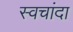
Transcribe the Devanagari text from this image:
स्वचांदा